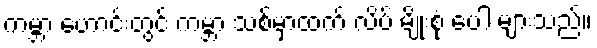
ကမ္ဘာ ဟောင်းတွင် ကမ္ဘာ သစ်မှာထက် လိပ် မျိုးစုံ ပေါ များသည်။